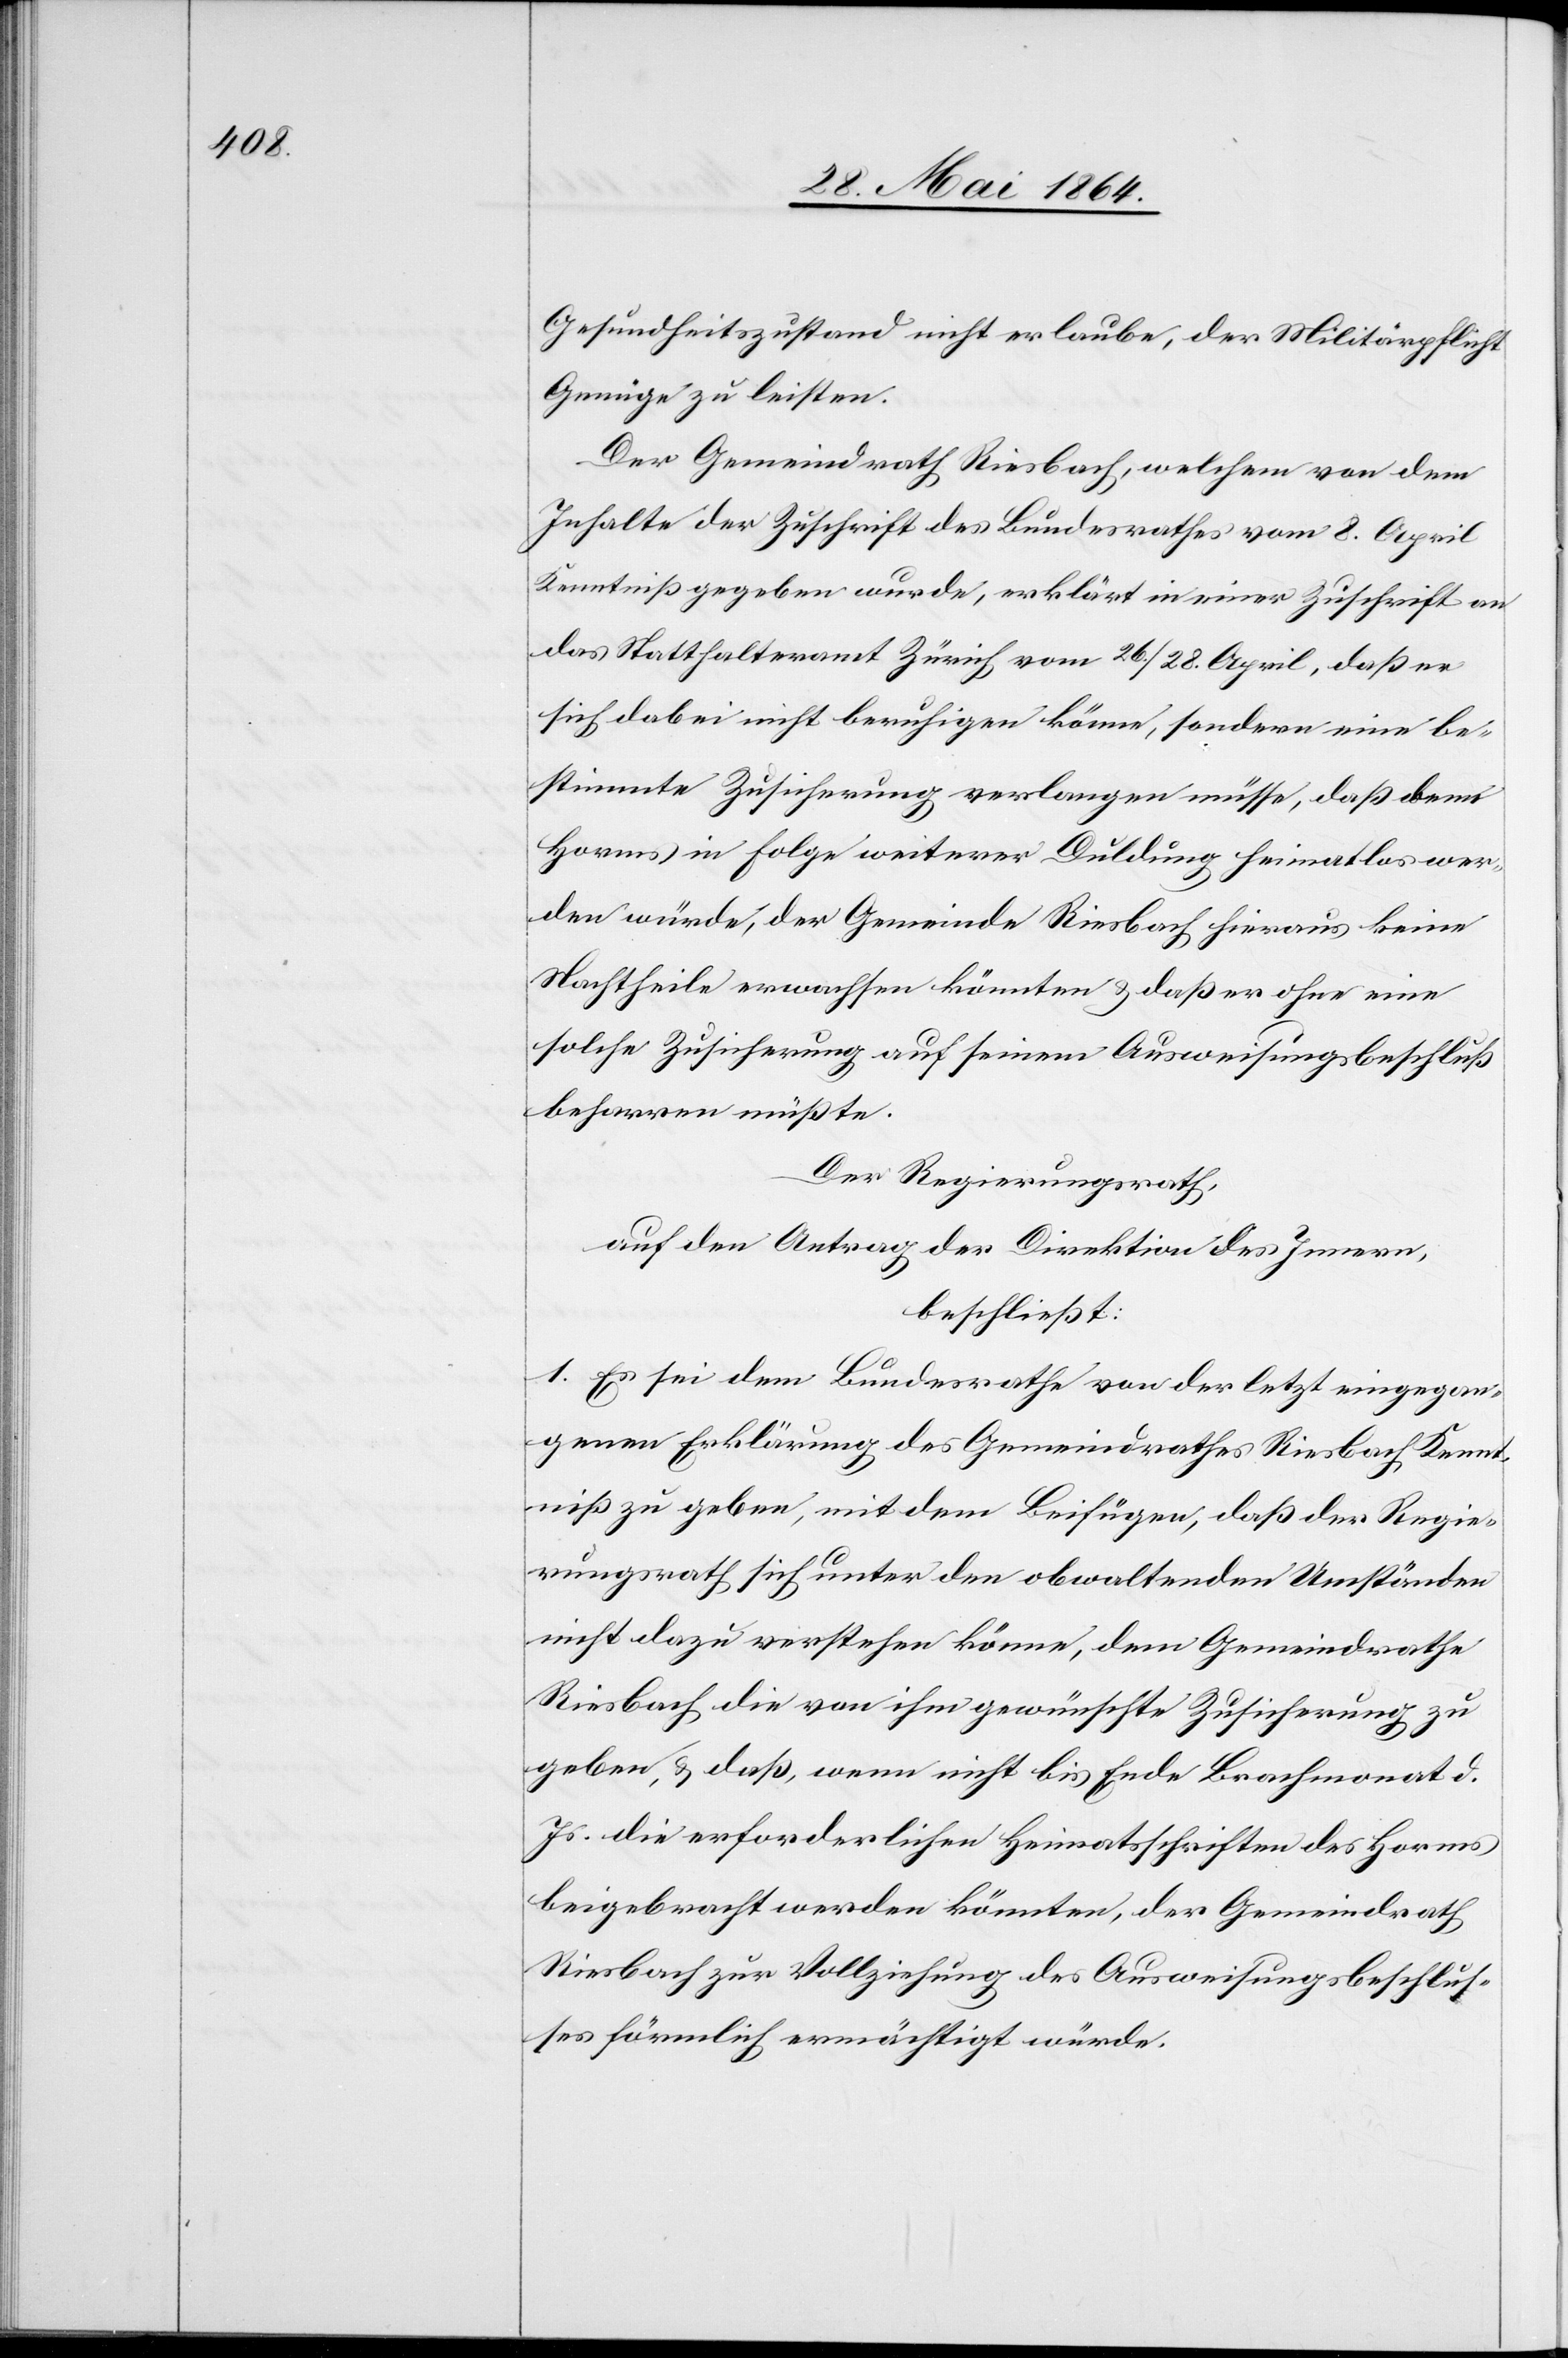
Gesundheitszustand nicht erlaube, der Militärpflicht
Genüge zu leisten.
Der Gemeindrath Riesbach, welchem von dem
Inhalte der Zuschrift des Bundesrathes vom 8. April
Kenntniß gegeben wurde, erklärt in einer Zuschrift an
das Statthalteramt Zürich von 26./28. April, daß er
sich dabei nicht beruhigen könne, sondern eine be¬
stimmte Zusicherung verlangen müsse, daß wenn
Horms in Folge weiterer Duldung heimatlos wer¬
den würde, der Gemeinde Riesbach hieraus keine
Nachtheile erwachsen könnten u. daß er ohne eine
solche Zusicherung auf seinem Ausweisungsbeschluß
beharren müßte.
Der Regierungsrath,
auf den Antrag der Direktion des Innern,
beschließt:
1. Es sei dem Bundesrathe von der letzt eingegan¬
genen Erklärung des Gemeindrathes Riesbach Kennt¬
niß zu geben, mit dem Beifügen, daß der Regie¬
rungsrath sich unter den obwaltenden Umständen
nicht dazu verstehen könne, dem Gemeindrathe
Riesbach die von ihm gewünschte Zusicherung zu
geben, u. daß, wenn nicht bis Ende Brachmonat d.
Js. die erforderlichen Heimatsschriften des Horm
beigebracht werden könnten, der Gemeindrath
Riesbach zur Vollziehung des Ausweisungsbeschlus¬
ses förmlich ermächtigt würde.